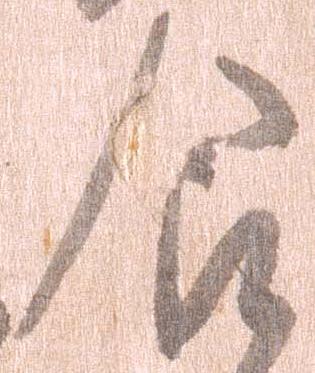
食